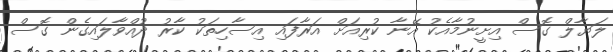
ލަޔާލް ގޮސް އިށީނުމާއެކު އޭނާ ކުރިއަށް އަރާފައި އިސާހިތަކު ކާރު ދުއްވާލައިގެން ގޮސް